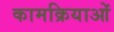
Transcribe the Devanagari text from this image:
कामक्रियाओं